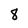
Character: 8